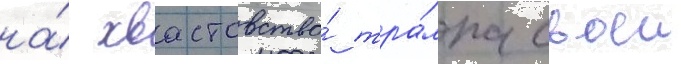
на́ хвастовство́ тра́мпа своеи